Calcutta medical institutions reports 1871-78
Year: 1871
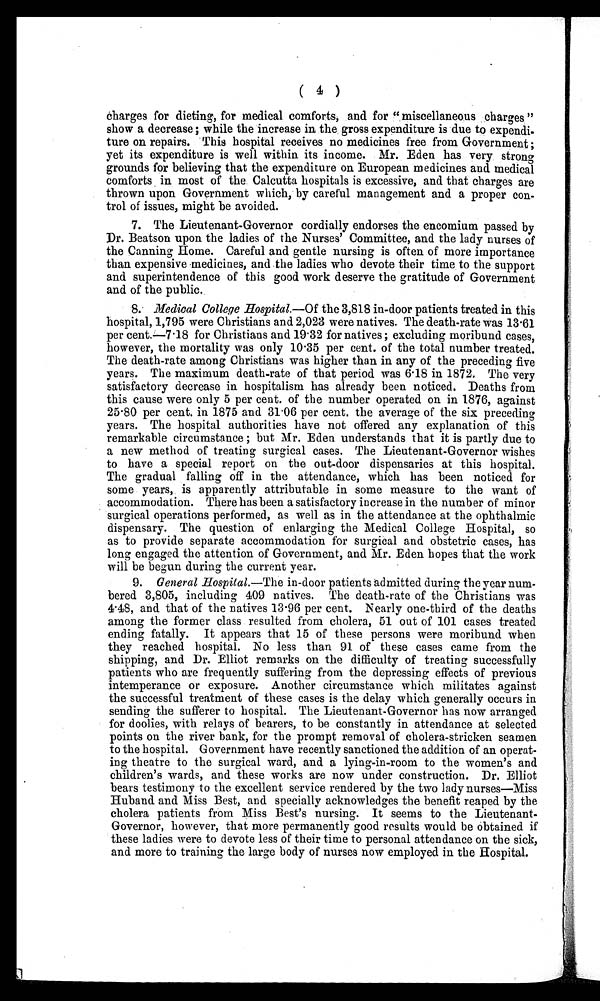
( 4 )
charges for dieting, for medical comforts, and for " miscellaneous charges "
show a decrease; while the increase in the gross expenditure is due to expendi-
ture on repairs. This hospital receives no medicines free from Government ;
yet its expenditure is well within its income. Mr. Eden has very strong
grounds for believing that the expenditure on European medicines and medical
comforts in most of the. Calcutta hospitals is excessive, and that charges are
thrown upon Government which, by careful management and a proper con-
trol of issues, might be avoided.
7. The Lieutenant-Governor cordially endorses the encomium passed by
Dr. Beatson upon the ladies of the Nurses' Committee, and the lady nurses of
the Canning Home. Careful and gentle nursing is often of more importance
than expensive medicines, and the ladies who devote their time to the support
and superintendence of this good work deserve the gratitude of Government
and of the public. .
S. Medical College Hospital.—Of the 3,818 in-door patients treated in this
hospital, 1,795 were Christians and 2,023 were natives. The death-rate was 13.61
per cent.—7.18 for Christians and 19.32 for natives ; excluding moribund cases,
however, the mortality was only 10'35 per cent. of the total number treated.
The death-rate among Christians was higher than in any of the preceding five
years. The maximum death-rate of that period was 6.18 in 1872. The very
satisfactory decrease in hospitalism has already been noticed. Deaths from
this cause were only 5 per cent. of the number operated on in 1876, against
25.80 per cent. in 1875 and 31.06 per cent. the average of the six preceding
years. The hospital authorities have not offered any explanation of this
remarkable circumstance ; but Mr. Eden understands that it is partly due to
a new method of treating surgical cases. The Lieutenant-Governor wishes
to have a special report on the out-door dispensaries at this hospital.
The gradual falling off in the attendance, which has been noticed for
some years, is apparently attributable in some measure to the want of
accommodation. There has been a satisfactory increase in the number of minor
surgical operations performed, as well as in the attendance at the ophthalmic
dispensary. The question of enlarging the Medical College Hospital, so
as to provide separate accommodation for surgical and obstetric cases, has
long engaged the attention of Government, and Mr. Eden hopes that the work
will be begun during the current year.
9. General Hospital.—The in-door patients admitted during the year num-
bered 3,805, including 409 natives. The death-rate of the Christians was
4. 48, and that of the natives 13.96 per cent. Nearly one-third of the deaths
among the former class resulted from cholera, 51 out of 101 cases treated
ending fatally. It appears that 15 of these persons were moribund when
they reached hospital. No less than 91 of these cases came from the
shipping, and Dr. Elliot remarks on the difficulty of treating successfully
patients who are frequently suffering from the depressing effects of previous
intemperance or exposure. Another circumstance which militates against
the successful treatment of these cases is the delay which generally occurs in
sending the sufferer to hospital. The Lieutenant-Governor has now arranged
for doolies, with relays of bearers, to be constantly in attendance at selected
points on the river bank, for the prompt removal of cholera-stricken seamen
to the hospital. Government have recently sanctioned the addition of an operat-
ing theatre to the surgical ward, and a lying-in-room to the women's and
children's wards, and these works are now under construction. Dr. Elliot
bears testimony to the excellent service rendered by the two lady nurses—Miss
Huband and Miss Best, and specially acknowledges the benefit reaped by the
cholera patients from Miss Best's nursing. It seems to the Lieutenant-
Governor, however, that more permanently good results would be obtained if
these ladies were to devote less of their time to personal attendance on the sick,
and more to training the large body of nurses now employed in the Hospital.